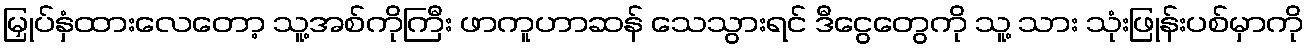
မြှုပ်နှံထားလေတော့ သူ့အစ်ကိုကြီး ဖာကူဟာဆန် သေသွားရင် ဒီငွေတွေကို သူ့ သား သုံးဖြုန်းပစ်မှာကို